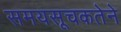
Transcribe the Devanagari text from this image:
समयसूचकतेने